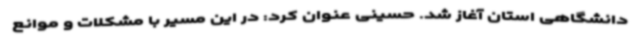
دانشگاهی استان آغاز شد. حسینی عنوان کرد: در این مسیر با مشکلات و موانع